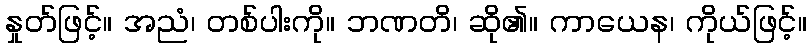
နှုတ်ဖြင့်။ အညံ၊ တစ်ပါးကို။ ဘဏတိ၊ ဆို၏။ ကာယေန၊ ကိုယ်ဖြင့်။